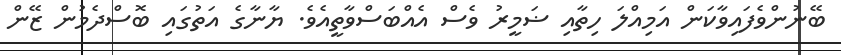
ބޭނުންވެފައިވާކަން އަމިއްލަ ހިތާއި ޟަމީރު ވެސް އެއްބަސްވާތީއެވެ. ޔާނާގެ އަތުގައި ބޮސްދެމުން ޒޭން